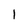
Character: 1